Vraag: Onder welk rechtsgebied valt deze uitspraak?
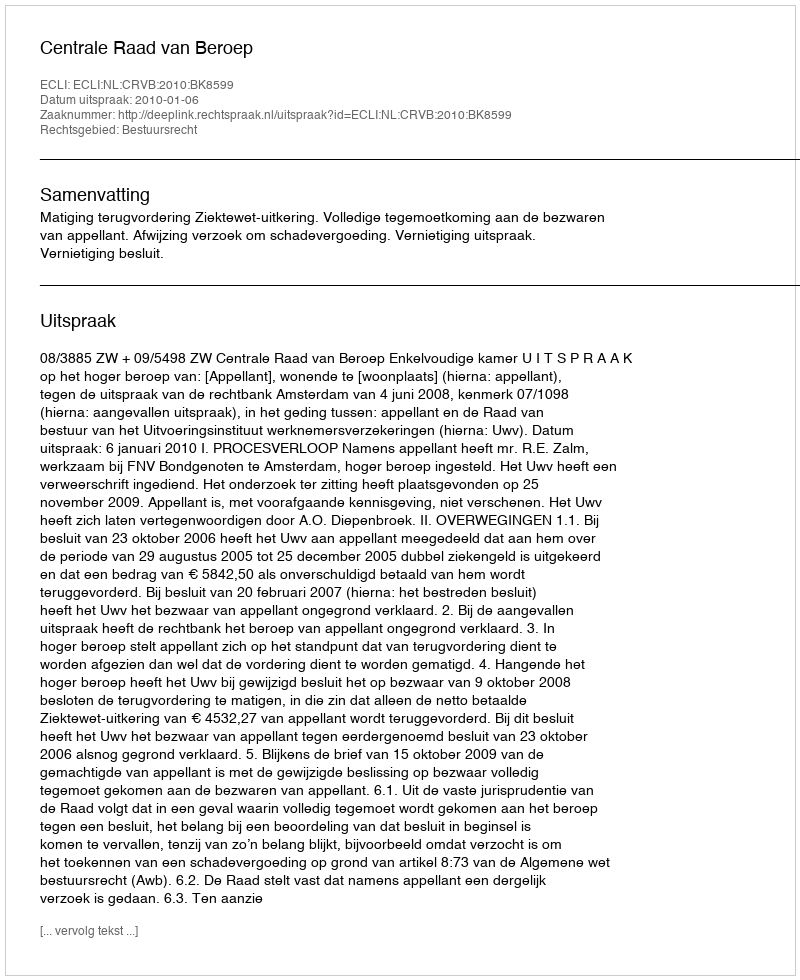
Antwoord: Bestuursrecht